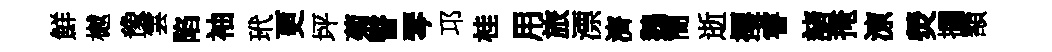
鮮樾豫雲陷袖玳更坪菊瞥琴邛桂用旅漂濟鵝簡逝攫睿諸掩鿌熒攔額